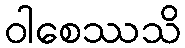
ဝါစေဿသိ